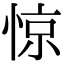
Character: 惊